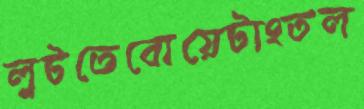
লুটতেবোয়েটাংতল